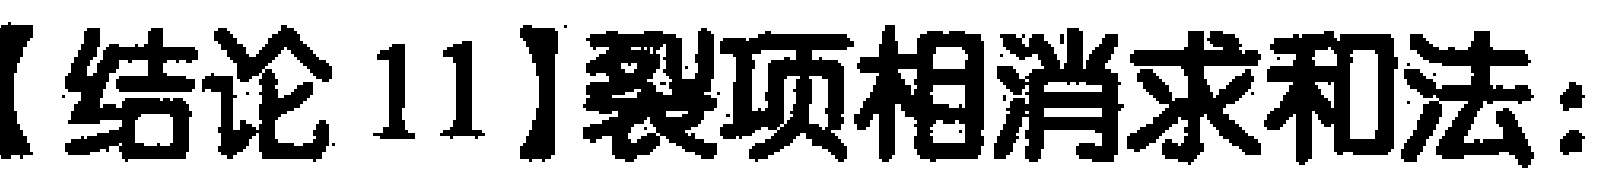
【结论 11】裂项相消求和法：